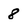
Character: 8